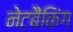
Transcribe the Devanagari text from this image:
नेटबैंकिंग